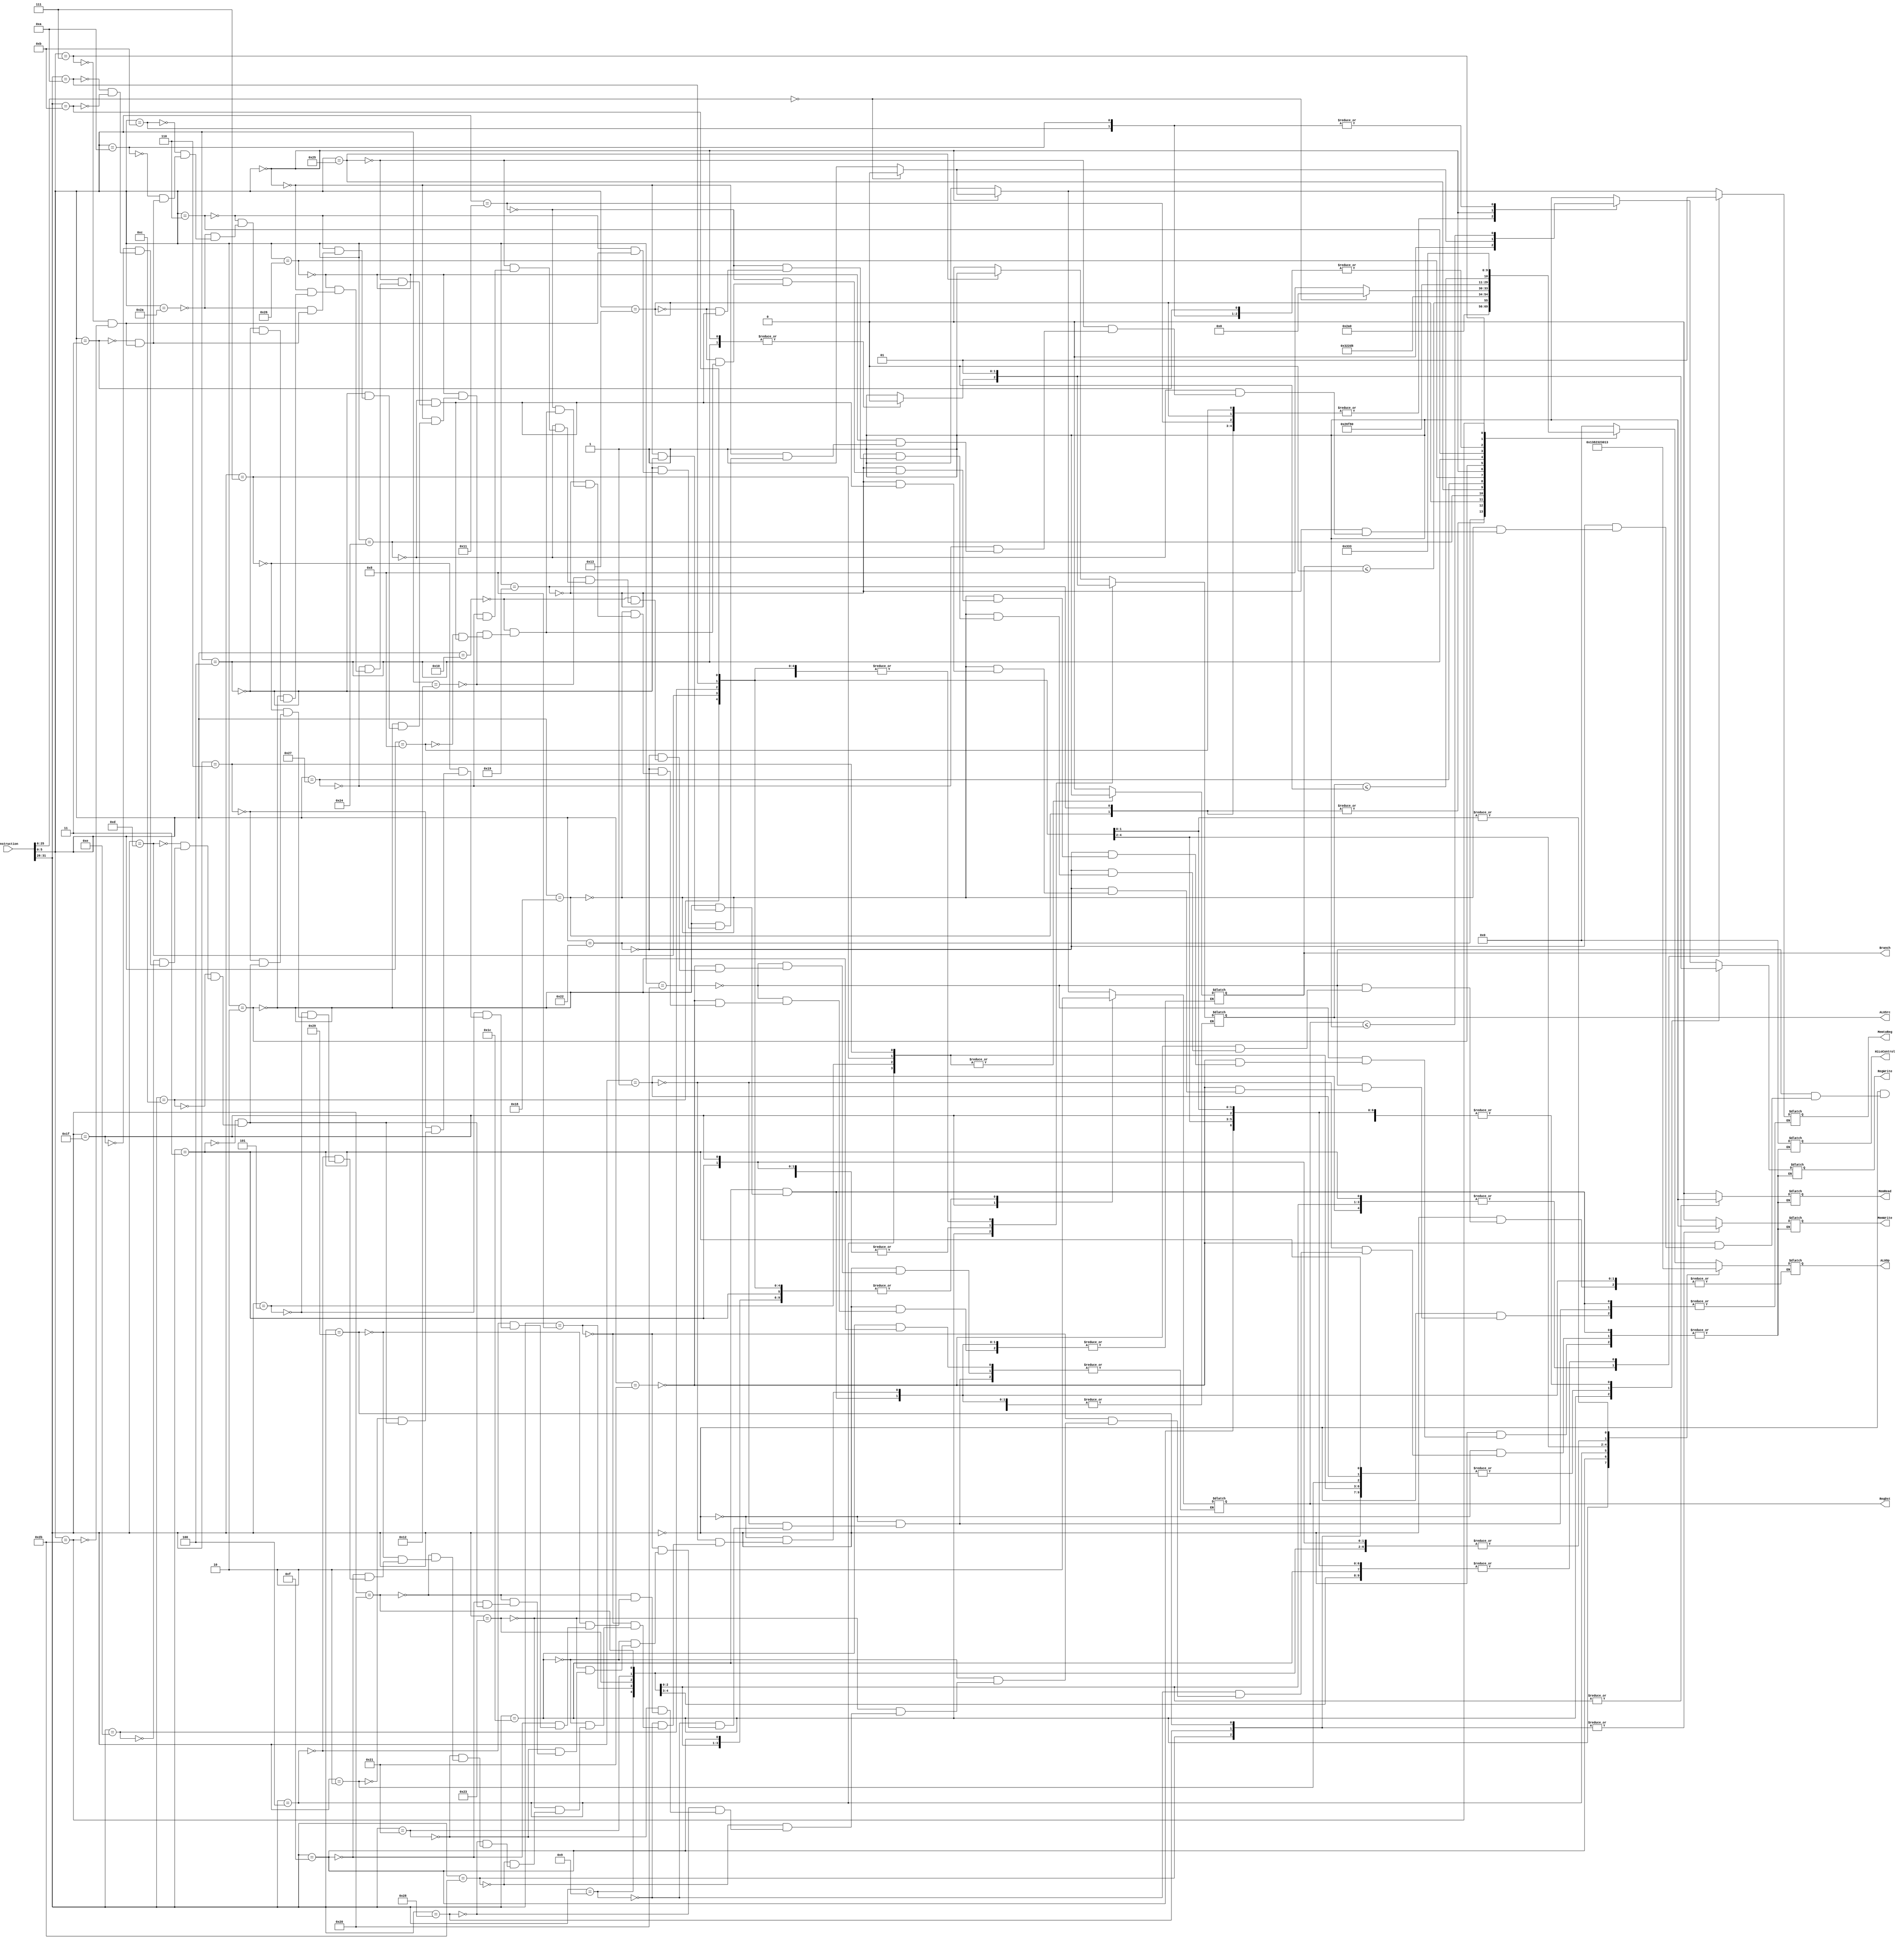
`timescale 1ns / 1ps
//////////////////////////////////////////////////////////////////////////////////
// Company: 
// Engineer: 
// 
// Design Name: 
// Module Name: Controller
// Project Name: 
// Target Devices: 
// Tool Versions: 
// Description: 
// 
// Dependencies: 
// 
// Revision:
// Revision 0.01 - File Created
// Additional Comments:
// 
//////////////////////////////////////////////////////////////////////////////////


module Controller(Instruction, RegWrite, RegDst, ALUOp, ALUSrc, Branch,
MemWrite, MemRead, MemtoReg, HiLoControl);
	input [31:0] Instruction;
	output reg RegWrite, RegDst, ALUSrc, Branch, MemWrite, MemRead, MemtoReg;
	output reg [4:0] HiLoControl; //placeholder until file is figured out
	output reg [4:0] ALUOp; //based on ALU32Bit file
	reg [5:0] opcode;
	reg [5:0] funct;
	always@(*)
	begin
	    opcode <= Instruction[31:26];
	    funct <= Instruction[5:0];
		case(opcode)
			6'b000000:
			 begin
				case(funct)
					6'b100000:
					//add
					begin
					RegWrite <= 1;
					RegDst <= 1;
					ALUOp <= 5'b00000;
					ALUSrc <= 0;
					Branch <= 0;
					MemWrite <= 0;
					MemRead <= 0;
					MemtoReg <= 1;
					HiLoControl <= 0;
					end

					6'b100001:
					//addu
					begin
					RegWrite <= 1;
					RegDst <= 1;
					ALUOp <= 5'b00000;
					ALUSrc <= 0;
					Branch <= 0;
					MemWrite <= 0;
					MemRead <= 0;
					MemtoReg <= 1;
					HiLoControl <= 0;
					end

					6'b100010:
					//sub
					begin
					RegWrite <= 1;
					RegDst <= 1;
					ALUOp <= 5'b00001;
					ALUSrc <= 0;
					Branch <= 0;
					MemWrite <= 0;
					MemRead <= 0;
					MemtoReg <= 1;
					HiLoControl <= 0;
					end

					6'b011000:
					//mult
					begin
					RegWrite <= 0;
					//RegDst <= ;
					ALUOp <= 00010;
					ALUSrc <= 0;
					Branch <= 0;
					MemWrite <= 0;
					MemRead <= 0;
					MemtoReg <= 1;
					HiLoControl <= 0;
					end

					6'b011001:
					//multu
					begin
					RegWrite <= 0;
					//RegDst <= ;
					ALUOp <= 00010;
					ALUSrc <= 0;
					Branch <= 0;
					MemWrite <= 0;
					MemRead <= 0;
					MemtoReg <= 1;
					HiLoControl <= 0;
					end

					6'b010001:
					//mthi
					begin
					RegWrite <= 0;
					//RegDst <= ;
					ALUOp <= 5'b00000; //Todo: Set ALUResult to rs;
					//ALUSrc <= ;
					Branch <= 0;
					MemWrite <= 0;
					MemRead <= 0;
					//MemtoReg <= ;
					HiLoControl <= 5'b00000;//Set Hi to ALUResult;
					end

					6'b010011:
					//mtlo
					begin
					RegWrite <= 0;
					//RegDst <= ;
					ALUOp <= //Set ALUResult to rs;
					//ALUSrc <= ;
					Branch <= 0;
					MemWrite <= 0;
					MemRead <= 0;
					//MemtoReg <= ;
					HiLoControl <= 5'b00000;//Set Lo to ALUResult;
					end

					6'b010000:
					//mfhi
					begin
					RegWrite <= 1;
					RegDst <= 1;
					//ALUOp <= ;
					//ALUSrc <= ;
					Branch <= 0;
					MemWrite <= 0;
					MemRead <= 0;
					//MemtoReg <= ;
					HiLoControl <= 5'b00000;//Set rd = Hi;
					end

					6'b010010:
					//mflo
					begin
					RegWrite <= 1;
					RegDst <= 1;
					//ALUOp <= ;
					//ALUSrc <= ;
					Branch <= 0;
					MemWrite <= 0;
					MemRead <= 0;
					//MemtoReg <= ;
					HiLoControl <= 5'b00000;//Set rd = Lo;
					end

					6'b001000:
					//jr
					begin
					RegWrite <= 0;
					//RegDst <= ;
					//ALUOp <= ;
					//ALUSrc <= //Todo Later;
					Branch <= 0;
					MemWrite <= 0;
					MemRead <= 0;
					//MemtoReg <= ;
					HiLoControl <= 0;
					end

					6'b100100:
					//and
					begin
					RegWrite <= 1;
					RegDst <= 1;
					ALUOp <= 5'b00011;
					ALUSrc <= 0;
					Branch <= 0;
					MemWrite <= 0;
					MemRead <= 0;
					MemtoReg <= 1;
					HiLoControl <= 0;
					end

					6'b100101:
					//or
					begin
					RegWrite <= 1;
					RegDst <= 1;
					ALUOp <= 5'b00100;
					ALUSrc <= 1;
					Branch <= 0;
					MemWrite <= 0;
					MemRead <= 0;
					MemtoReg <= 1;
					HiLoControl <= 0;
					end

					6'b100111:
					//nor
					begin
					RegWrite <= 1;
					RegDst <= 1;
					ALUOp <= 5'b01011;
					ALUSrc <= 0;
					Branch <= 0;
					MemWrite <= 0;
					MemRead <= 0;
					MemtoReg <= 1;
					HiLoControl <= 0;
					end

					6'b100110:
					//xor
					begin
					RegWrite <= 1;
					RegDst <= 1;
					ALUOp <= 5'b01100;
					ALUSrc <= 0;
					Branch <= 0;
					MemWrite <= 0;
					MemRead <= 0;
					MemtoReg <= 1;
					HiLoControl <= 0;
					end

					6'b000000:
					begin
					   if(Instruction[25:6] == 20'b00000000000000000000) begin    //nop
					       RegWrite <= 0;
					       RegDst <= 0;
					       ALUOp <= 5'b00000;
					       ALUSrc <= 0;
					       Branch <= 0;
					       MemWrite <= 0;
					       MemRead <= 0;
					       MemtoReg <= 0;
					       HiLoControl <= 0;
					   end
					   else begin  //sll
					       RegWrite <= 1;
					       RegDst <= 1;
					       ALUOp <= 5'b01000;
					       ALUSrc <= 0;
					       Branch <= 0;
					       MemWrite <= 0;
					       MemRead <= 0;
					       MemtoReg <= 1;
					       HiLoControl <= 0;
					   end
					end

					6'b000010:
					//srl (Todo Check With rotr)
					begin
					RegWrite <= 1;
					RegDst <= 1;
					ALUOp <= 5'b01001;
					ALUSrc <= 0;
					Branch <= 0;
					MemWrite <= 0;
					MemRead <= 0;
					MemtoReg <= 1;
					HiLoControl <= 0;
					end

					6'b000100:
					//sllv
					begin
					RegWrite <= 1;
					RegDst <= 1;
					ALUOp <= 5'b10111;
					ALUSrc <= 0;
					Branch <= 0;
					MemWrite <= 0;
					MemRead <= 0;
					MemtoReg <= 1;
					HiLoControl <= 0;
					end

					6'b000110:
					//srlv
					begin
					RegWrite <= 1;
					RegDst <= 1;
					ALUOp <= 5'b11000;
					ALUSrc <= 0;
					Branch <= 0;
					MemWrite <= 0;
					MemRead <= 0;
					MemtoReg <= 1;
					HiLoControl <= 0;
					end

					6'b101010:
					//slt
					begin
					RegWrite <= 1;
					RegDst <= 1;
					ALUOp <= //Todo Fix Me;
					ALUSrc <= 0;
					Branch <= 0;
					MemWrite <= 0;
					MemRead <= 0;
					MemtoReg <= 1;
					HiLoControl <= 0;
					end

					6'b001011:
					//movn
					begin
					RegWrite <= //Todo Fix Me;
					RegDst <= 1;
					ALUOp <= //Set ALUResult to 0 if rt != 0;
					ALUSrc <= 0;
					Branch <= 0;
					MemWrite <= 0;
					MemRead <= 0;
					MemtoReg <= 1;
					HiLoControl <= 0;
					end

					6'b001010:
					//movz
					begin
					RegWrite <= //Todo Fix Me;
					RegDst <= 1;
					ALUOp <= //Set ALUResult to 0 if rt == 0;
					ALUSrc <= 0;
					Branch <= 0;
					MemWrite <= 0;
					MemRead <= 0;
					MemtoReg <= 1;
					HiLoControl <= 0;
					end

					6'b000110:
					//rotrv
					begin
					RegWrite <= 1;
					RegDst <= 1;
					ALUOp <= 5'b11010;
					ALUSrc <= 0;
					Branch <= 0;
					MemWrite <= 0;
					MemRead <= 0;
					MemtoReg <= 1;
					HiLoControl <= 0;
					end

					6'b000010:
					//rotr (Todo Check With srl)
					begin
					RegWrite <= 1;
					RegDst <= 1;
					ALUOp <= 5'b01101;
					ALUSrc <= 0;
					Branch <= 0;
					MemWrite <= 0;
					MemRead <= 0;
					MemtoReg <= 1;
					HiLoControl <= 0;
					end

					6'b000011:
					//sra
					begin
					RegWrite <= 1;
					RegDst <= 1;
					ALUOp <= //Todo Fix Me from ALU;
					ALUSrc <= 0;
					Branch <= 0;
					MemWrite <= 0;
					MemRead <= 0;
					MemtoReg <= 1;
					HiLoControl <= 0;
					end

					6'b000111:
					//srav
					begin
					RegWrite <= 1;
					RegDst <= 1;
					ALUOp <= 5'b11001;
					ALUSrc <= 0;
					Branch <= 0;
					MemWrite <= 0;
					MemRead <= 0;
					MemtoReg <= 1;
					HiLoControl <= 0;
					end

					6'b101011:
					//sltu
					begin
					RegWrite <= 1;
					RegDst <= 1;
					ALUOp <= 5'b10011;
					ALUSrc <= 0;
					Branch <= 0;
					MemWrite <= 0;
					MemRead <= 0;
					MemtoReg <= 1;
					HiLoControl <= 0;
					end

					default:
					begin
					end
				endcase

			end
   		 6'b000001:
   			 begin
   			 RegWrite <= 0;
   			 RegDst <= 0;
   			 ALUSrc <= 0;
   			 Branch <= 0;
   			 MemRead <= 0;
   			 MemWrite <= 0;
   			 MemtoReg <= 0;
   			 HiLoControl <= 5'b00000;
   			 ALUOp <= 5'b00000;
   			 end
   		 6'b001001: //addiu
   			 begin
   			 RegWrite <= 1;
   			 RegDst <= 0;
   			 ALUSrc <= 1;
   			 Branch <= 0;
   			 MemRead <= 0;
   			 MemWrite <= 0;
   			 MemtoReg <= 1;
   			 HiLoControl <= 5'b00000;
   			 ALUOp <= 5'b00000;
   			 end
   		 6'b001000: //addi
   			 begin
   			 RegWrite <= 1;
   			 RegDst <= 0;
   			 ALUSrc <= 1;
   			 Branch <= 0;
   			 MemRead <= 0;
   			 MemWrite <= 0;
   			 MemtoReg <= 1;
   			 HiLoControl <= 5'b00000;
   			 ALUOp <= 5'b00000;
   			 end
   		 6'b011100: //multiply series of operations
   			 begin
   			 case(funct)
   			 6'b000010: //mul
   				 begin
   				 RegWrite <= 1;
   				 RegDst <= 0;
   				 ALUSrc <= 1;
   				 Branch <= 0;
   				 MemRead <= 0;
   				 MemWrite <= 0;
   				 MemtoReg <= 1;
   				 HiLoControl <= 5'b00000;
   				 ALUOp <= 5'b00010;
   				 end
   			 6'b000000: //madd
   				 begin
   				 RegWrite <= 0;
   				 //RegDst <= 0;
   				 ALUSrc <= 0;
   				 Branch <= 0;
   				 MemRead <= 0;
   				 MemWrite <= 0;
   				 MemtoReg <= 1;
   				 HiLoControl <= 5'b00000; //TODO: Finish when HiLo is configed
   				 ALUOp <= 5'b00010;
   				 end
   			 6'b000100: //msub
   				 begin
   				 RegWrite <= 0;
   				 //RegDst <= 0;
   				 ALUSrc <= 0;
   				 Branch <= 0;
   				 MemRead <= 0;
   				 MemWrite <= 0;
   				 MemtoReg <= 1;
   				 HiLoControl <= 5'b00000; //TODO: Finish when HiLo is configed
   				 ALUOp <= 5'b00010;
   				 end
   			 default:
   			 begin
   			 end
   			 endcase
   			 end
   		 6'b100011: //lw
   			 begin
   			 RegWrite <= 1;
   			 RegDst <= 0;
   			 ALUSrc <= 1;
   			 Branch <= 0;
   			 MemRead <= 1;
   			 MemWrite <= 0;
   			 MemtoReg <= 0;
   			 HiLoControl <= 5'b00000;
   			 ALUOp <= 5'b00000;
   			 end
   		 6'b101011: //sw
   			 begin
   			 RegWrite <= 0;
   			 //RegDst <= 0;
   			 ALUSrc <= 1;
   			 Branch <= 0;
   			 MemRead <= 0;
   			 MemWrite <= 1;
   			 //MemtoReg <= 0;
   			 HiLoControl <= 5'b00000;
   			 ALUOp <= 5'b00000;
   			 end
   		 6'b101000: //sb
   			 begin
   			 RegWrite <= 0;
   			 //RegDst <= 0;
   			 ALUSrc <= 1;
   			 Branch <= 0;
   			 MemRead <= 0;
   			 MemWrite <= 1;
   			 //MemtoReg <= 0;
   			 HiLoControl <= 5'b00000;
   			 ALUOp <= 5'b00000;
   			 end
   		 6'b100001: //lh
   			 begin
   			 RegWrite <= 1;
   			 RegDst <= 0;
   			 ALUSrc <= 1;
   			 Branch <= 0;
   			 MemRead <= 1;
   			 MemWrite <= 0;
   			 MemtoReg <= 0;
   			 HiLoControl <= 5'b00000;
   			 ALUOp <= 5'b00000;
   			 end
   		 6'b100000: //lb
   			 begin
   			 RegWrite <= 1;
   			 RegDst <= 0;
   			 ALUSrc <= 1;
   			 Branch <= 0;
   			 MemRead <= 1;
   			 MemWrite <= 0;
   			 MemtoReg <= 0;
   			 HiLoControl <= 5'b00000;
   			 ALUOp <= 5'b00000;
   			 end
   		 6'b101001: //sh
   			 begin
   			 RegWrite <= 0;
   			 //RegDst <= 0;
   			 ALUSrc <= 1;
   			 Branch <= 0;
   			 MemRead <= 0;
   			 MemWrite <= 1;
   			 //MemtoReg <= 0;
   			 HiLoControl <= 5'b00000;
   			 ALUOp <= 5'b00000;
   			 end
   		 6'b001111: //lui
   			 begin
   			 RegWrite <= 1;
   			 RegDst <= 0;
   			 ALUSrc <= 1;
   			 Branch <= 0;
   			 MemRead <= 0;
   			 MemWrite <= 0;
   			 MemtoReg <= 1;
   			 HiLoControl <= 5'b00000;
   			 ALUOp <= 5'b01110;
   			 end
   		 6'b000001: //____ to zero
   			 begin
   			 case(funct)
   			 5'b00001: //bgez
   				 begin
   				 RegWrite <= 0;
   				 //RegDst <= 0;
   				 ALUSrc <= 0;
   				 Branch <= 1;
   				 MemRead <= 0;
   				 MemWrite <= 0;
   				 //MemtoReg <= 0;
   				 HiLoControl <= 5'b00000;
   				 ALUOp <= 5'b01111;
   				 end
   			 5'b00000: //bltz
   				 begin
   				 RegWrite <= 0;
   				 //RegDst <= 0;
   				 ALUSrc <= 0;
   				 Branch <= 1;
   				 MemRead <= 0;
   				 MemWrite <= 0;
   				 //MemtoReg <= 0;
   				 HiLoControl <= 5'b00000;
   				 ALUOp <= 5'b10010;
   				 end
   			 default:
   				 begin
   				 end
   			 endcase
   			 end
   		 6'b000100: //beq
   			 begin
   			 RegWrite <= 0;
   			 //RegDst <= 0;
   			 ALUSrc <= 0;
   			 Branch <= 1;
   			 MemRead <= 0;
   			 MemWrite <= 0;
   			 //MemtoReg <= 0;
   			 HiLoControl <= 5'b00000;
   			 ALUOp <= 5'b00001;
   			 end
   		 6'b000101: //bne
   			 begin
   			 RegWrite <= 0;
   			 //RegDst <= 0;
   			 ALUSrc <= 0;
   			 Branch <= 1;
   			 MemRead <= 0;
   			 MemWrite <= 0;
   			 //MemtoReg <= 0;
   			 HiLoControl <= 5'b00000;
   			 ALUOp <= 5'b00000; //TODO: Fix ALU on this front
   			 end
   		 6'b000111: //bgtz
   			 begin
   			 RegWrite <= 0;
   			 //RegDst <= 0;
   			 ALUSrc <= 0;
   			 Branch <= 1;
   			 MemRead <= 0;
   			 MemWrite <= 0;
   			 //MemtoReg <= 0;
   			 HiLoControl <= 5'b00000;
   			 ALUOp <= 5'b00000; //TODO: Fix ALU on this front
   			 end
   		 6'b000110: //blez
   			 begin
   			 RegWrite <= 0;
   			 //RegDst <= 0;
   			 ALUSrc <= 0;
   			 Branch <= 1;
   			 MemRead <= 0;
   			 MemWrite <= 0;
   			 //MemtoReg <= 0;
   			 HiLoControl <= 5'b00000;
   			 ALUOp <= 5'b00000; //TODO: Fix ALU on this front
   			 end		
	
			6'b000010:	//j
				begin
				RegWrite <= 0;
				//RegDst <= 0;
				//ALUSrc <= 0;
				//Branch <= 0;
				MemWrite <= 0;
				MemRead <= 0;
				//MemtoReg <= 0;
				HiLoControl <= 5'b00000;
				//ALUOp <= 5'b00000;
				end
			6'b000011:	//jal Todo: Figure out datapath
				begin
				RegWrite <= 0;
				RegDst <= 0;
				ALUSrc <= 0;
				Branch <= 0;
				MemWrite <= 0;
				MemRead <= 0;
				MemtoReg <= 0;
				HiLoControl <= 5'b00000;
				ALUOp <= 5'b00000;
				end
			6'b001100:	//andi
				begin
				RegWrite <= 1;
				RegDst <= 0;
				ALUSrc <= 1;
				Branch <= 0;
				MemWrite <= 0;
				MemRead <= 0;
				MemtoReg <= 1;
				HiLoControl <= 5'b00000;
				ALUOp <= 5'b00011;
				end
			6'b001101:	//ori
				begin
				RegWrite <= 1;
				RegDst <= 0;
				ALUSrc <= 1;
				Branch <= 0;
				MemWrite <= 0;
				MemRead <= 0;
				MemtoReg <= 1;
				HiLoControl <= 5'b00000;
				ALUOp <= 5'b00100;
				end
			6'b001110:	//xori
				begin
				RegWrite <= 1;
				RegDst <= 0;
				ALUSrc <= 1;
				Branch <= 0;
				MemWrite <= 0;
				MemRead <= 0;
				MemtoReg <= 1;
				HiLoControl <= 5'b00000;
				ALUOp <= 5'b01100;
				end
			6'b011111:	//seh
				begin
				RegWrite <= 1;
				RegDst <= 1;
				ALUSrc <= 0;
				Branch <= 0;
				MemWrite <= 0;
				MemRead <= 0;
				MemtoReg <= 1;
				HiLoControl <= 5'b00000;
				ALUOp <= 5'b00000;	//Todo: Fix ALU to support sign extending least significant two bytes of rt
				end
			6'b001010:	//slti
				begin
				RegWrite <= 1;
				RegDst <= 0;
				ALUSrc <= 1;
				Branch <= 0;
				MemWrite <= 0;
				MemRead <= 0;
				MemtoReg <= 1;
				HiLoControl <= 5'b00000;
				ALUOp <= 5'b10011;
				end
			6'b011111:	//seb
				begin
				RegWrite <= 1;
				RegDst <= 1;
				ALUSrc <= 0;
				Branch <= 0;
				MemWrite <= 0;
				MemRead <= 0;
				MemtoReg <= 1;
				HiLoControl <= 5'b00000;
				ALUOp <= 5'b00000;	//Todo: Fix ALU to support sign extending least significant byte of rt
				end
			6'b001011:	//sltiu
				begin
				RegWrite <= 1;
				RegDst <= 0;
				ALUSrc <= 1;
				Branch <= 0;
				MemWrite <= 0;
				MemRead <= 0;
				MemtoReg <= 1;
				HiLoControl <= 5'b00000;
				ALUOp <= 5'b10011;
				end
			default:
				begin
				end
		endcase
	end
endmodule